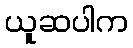
ယူဆပါက